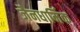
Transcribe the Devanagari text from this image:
जैनधार्मिक